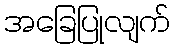
အခြေပြုလျက်